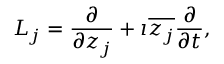
L _ { j } = { \frac { \partial } { \partial z _ { j } } } + \imath { \overline { { z _ { j } } } } { \frac { \partial } { \partial t } } ,